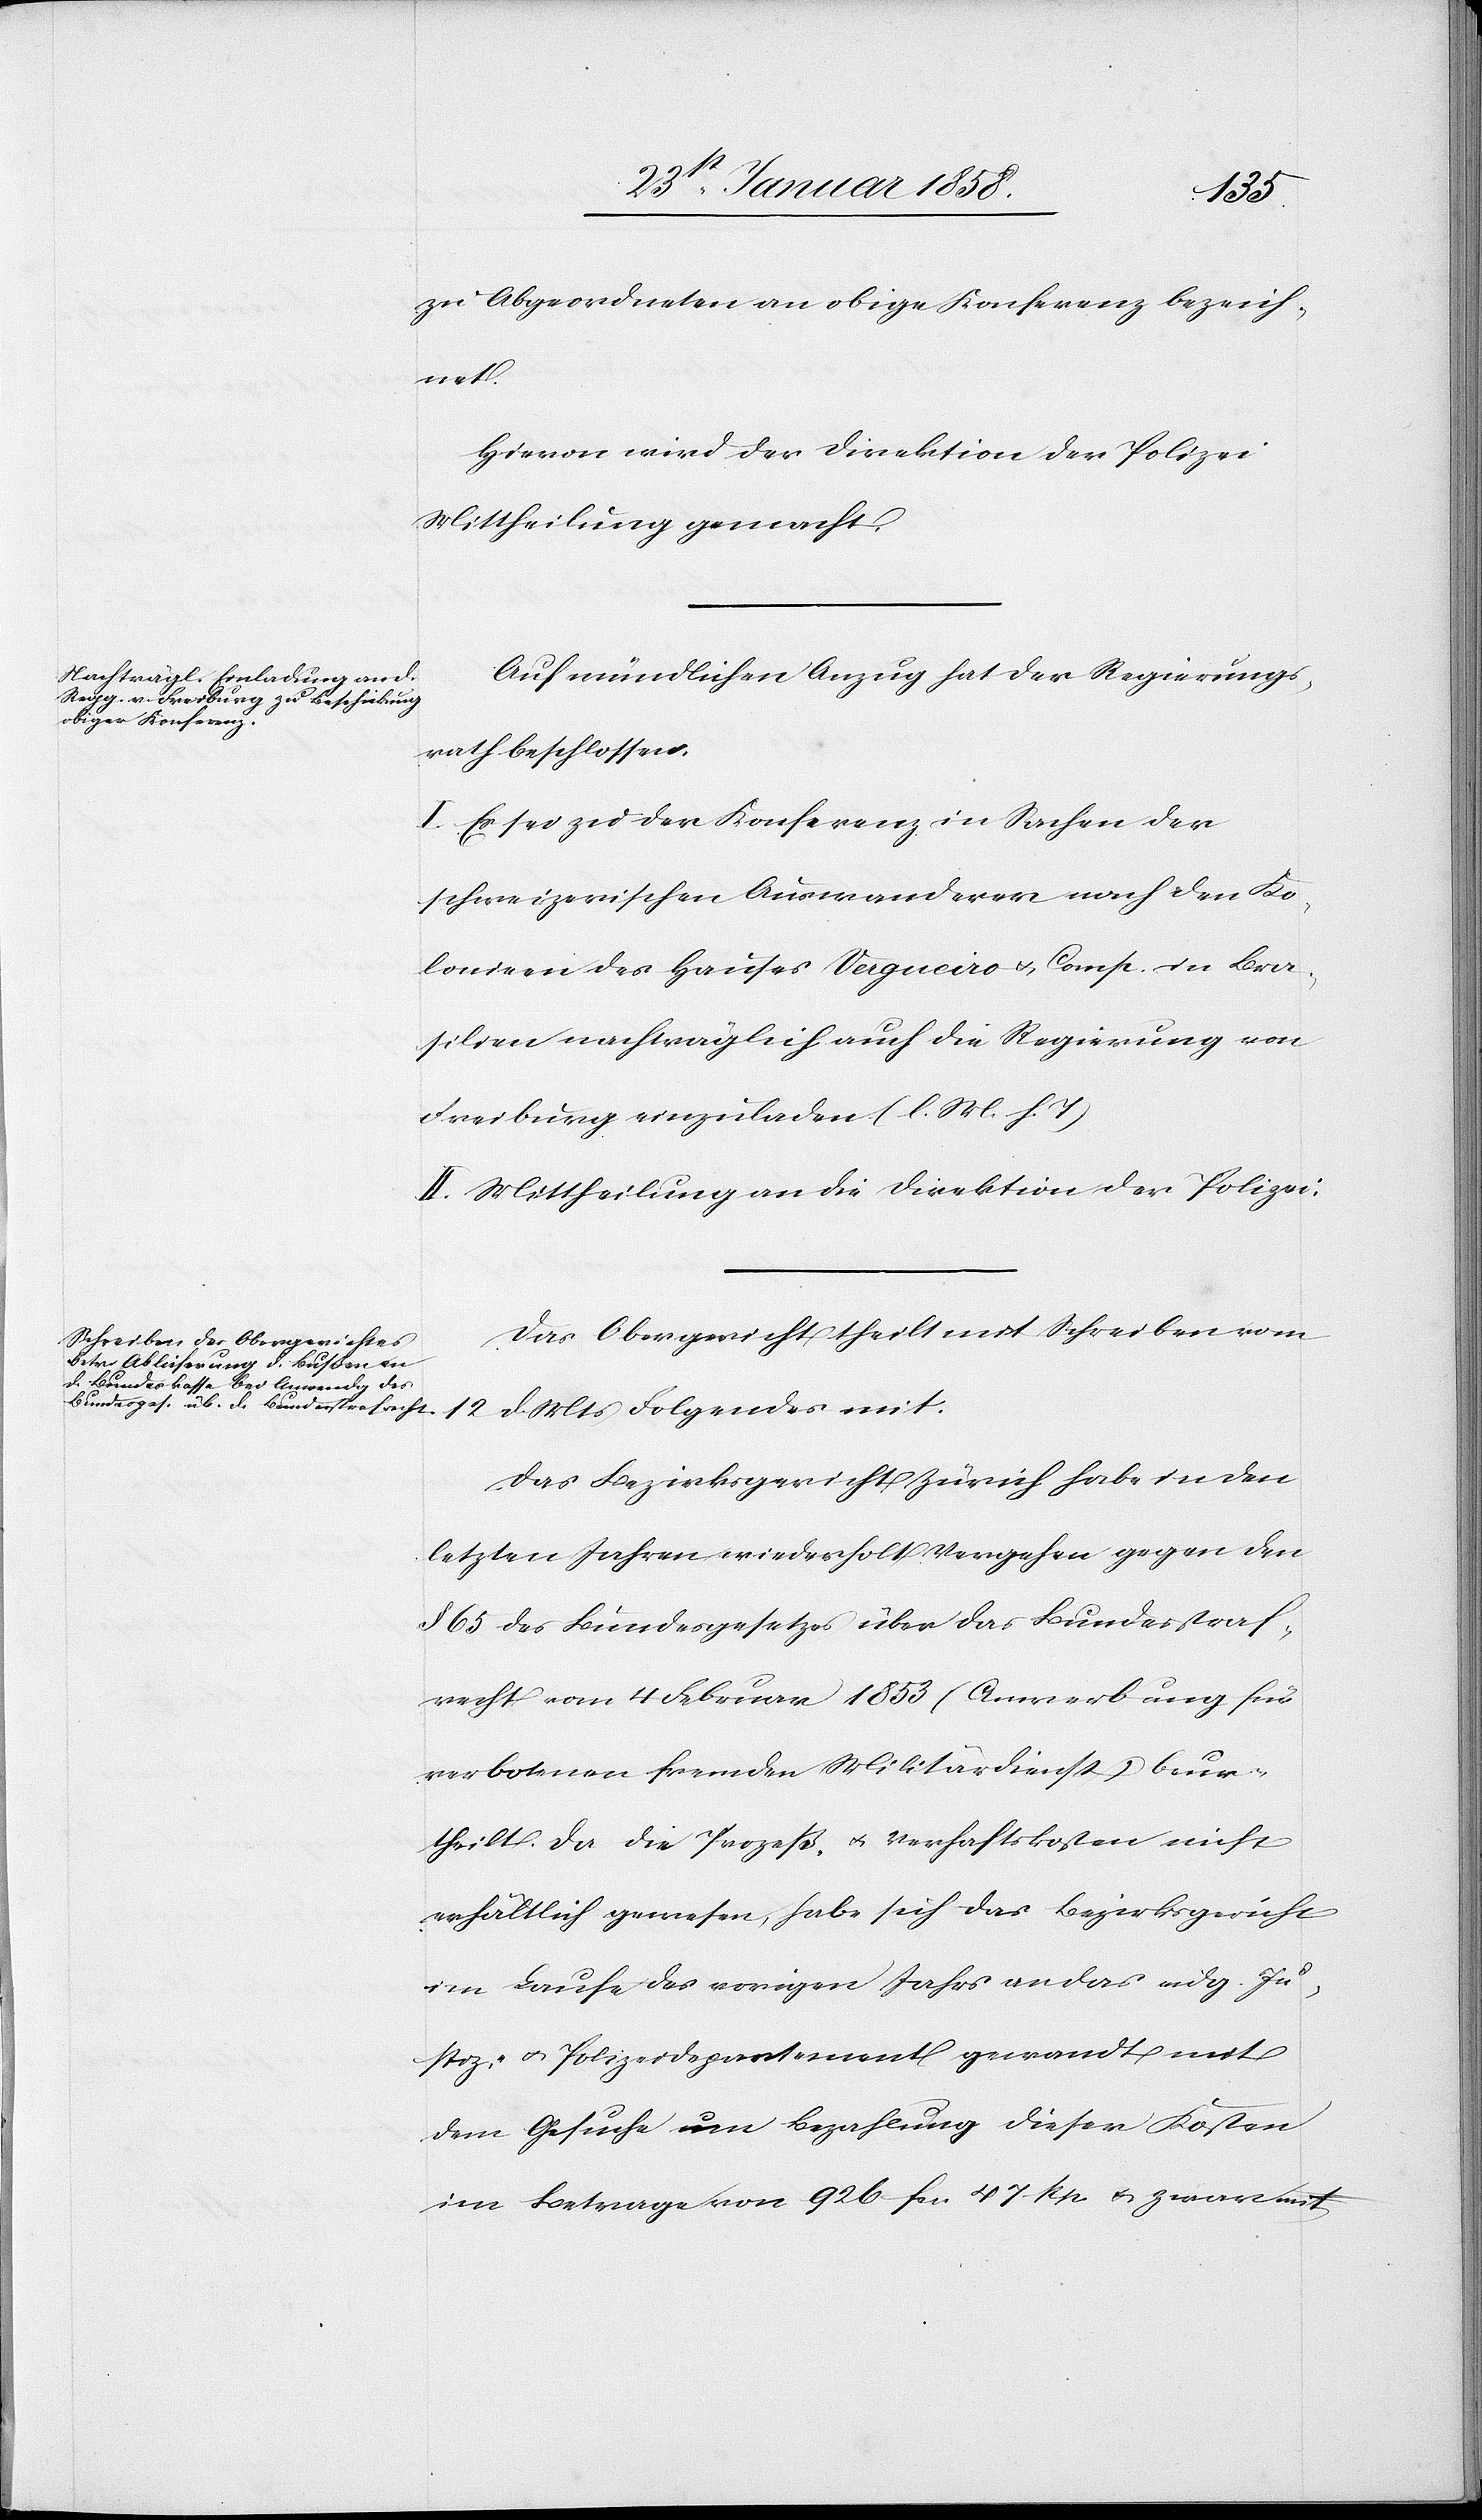
12
zu Abgeordneten an obige Konferenz bezeich¬
net.
Hievon wird der Direktion der Polizei
Mittheilung gemacht.
Auf mündlichen Anzug hat der Regierungs¬
rath beschlossen:
I. Es sei zu der Konferenz in Sachen der
schweizerischen Auswanderer nach den Ko¬
lonien des Hauses Vergueiro u. Comp. in Bra¬
silien nachträglich auch die Regierung von
Freiburg einzuladen (l. M. h. T)
II. Mittheilung an die Direktion der Polizei.
Das Obergericht theilt mit Schreiben vom
d. Mts Folgendes mit:
Das Bezirksgericht Zürich habe in den
letzten Jahren wiederholt Vergehen gegen den
§ 65 des Bundesgesetzes über das Bundesstraf¬
recht vom 4 Februar 1853 (Anwerbung für
verbotenen fremden Militärdienst) beur¬
theilt. Da die Prozeß- u. Verhaftskosten nicht
erhältlich gewesen, habe sich das Bezirksgericht
im Laufe des vorigen Jahres an das eidg. Ju¬
stiz- u. Polizeidepartement gewandt mit
dem Gesuche um Bezahlung dieser Kosten
im Betrage von 926. fcs. 47. Rp. u. zwar mit